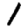
Digit: 1